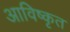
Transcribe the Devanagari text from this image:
आविष्‍कृत